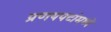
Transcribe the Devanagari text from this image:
प्रणयपटांमध्ये